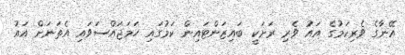
އޭނާގެ ވެރިކަމުގެ އައު ވެރި ރަށަކީ ބައިޒަންޓައިން ކަމުގައި ހަމަޖައްސަވައި އެތަނަށް އައު